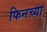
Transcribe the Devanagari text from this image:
फिनच्या